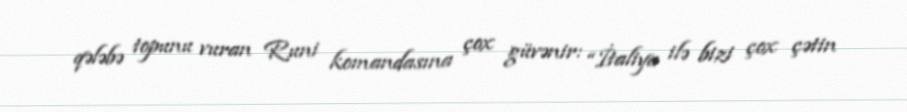
qələbə topunu vuran Runi komandasına çox güvənir: “İtaliya ilə bizi çox çətin